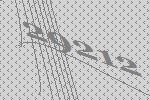
29212